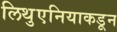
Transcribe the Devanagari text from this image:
लिथुएनियाकडून